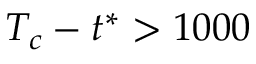
T _ { c } - t ^ { * } > 1 0 0 0